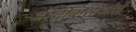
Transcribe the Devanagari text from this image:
आदीवासींओमे